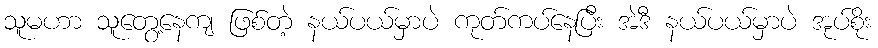
သူမဟာ သူတွေ့နေကျ ဖြစ်တဲ့ နယ်ပယ်မှာပဲ ကုတ်ကပ်နေပြီး အဲဒီ နယ်ပယ်မှာပဲ အုပ်စိုး